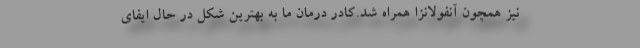
نیز همچون آنفولانزا همراه شد.کادر درمان ما به بهترین شکل در حال ایفای